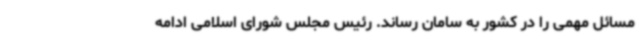
مسائل مهمی را در کشور به سامان رساند. رئیس مجلس شورای اسلامی ادامه